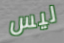
ليس